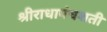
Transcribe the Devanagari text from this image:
श्रीराधापंचशती